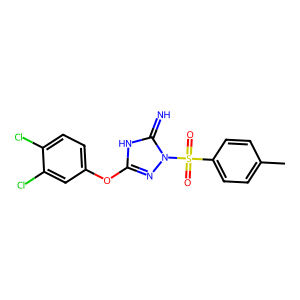
SMILES: Cc1ccc(S(=O)(=O)n2nc(Oc3ccc(Cl)c(Cl)c3)[nH]c2=N)cc1
Inhibits HIV replication: No